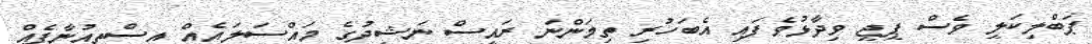
ޕަބްލިކަލީ ވެސް ޕީޖީ ވިދާޅުވެފައި އެބަހުރި ތިމަންނަ ރައީސް ނަޝީދުގެ މައްސަލައެއް އިސްތިއުނާފެއް